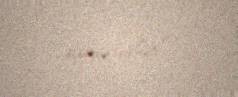
uçuracaqlar”.